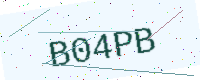
Text: B04PB